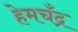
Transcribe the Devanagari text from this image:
हेमचँद्र